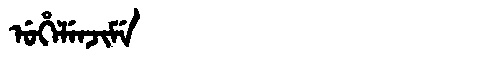
Manchu: ᡠᡥᡝᠯᡝᠨᠵᡳᠮᡝ
Romanization: UHELENJIME